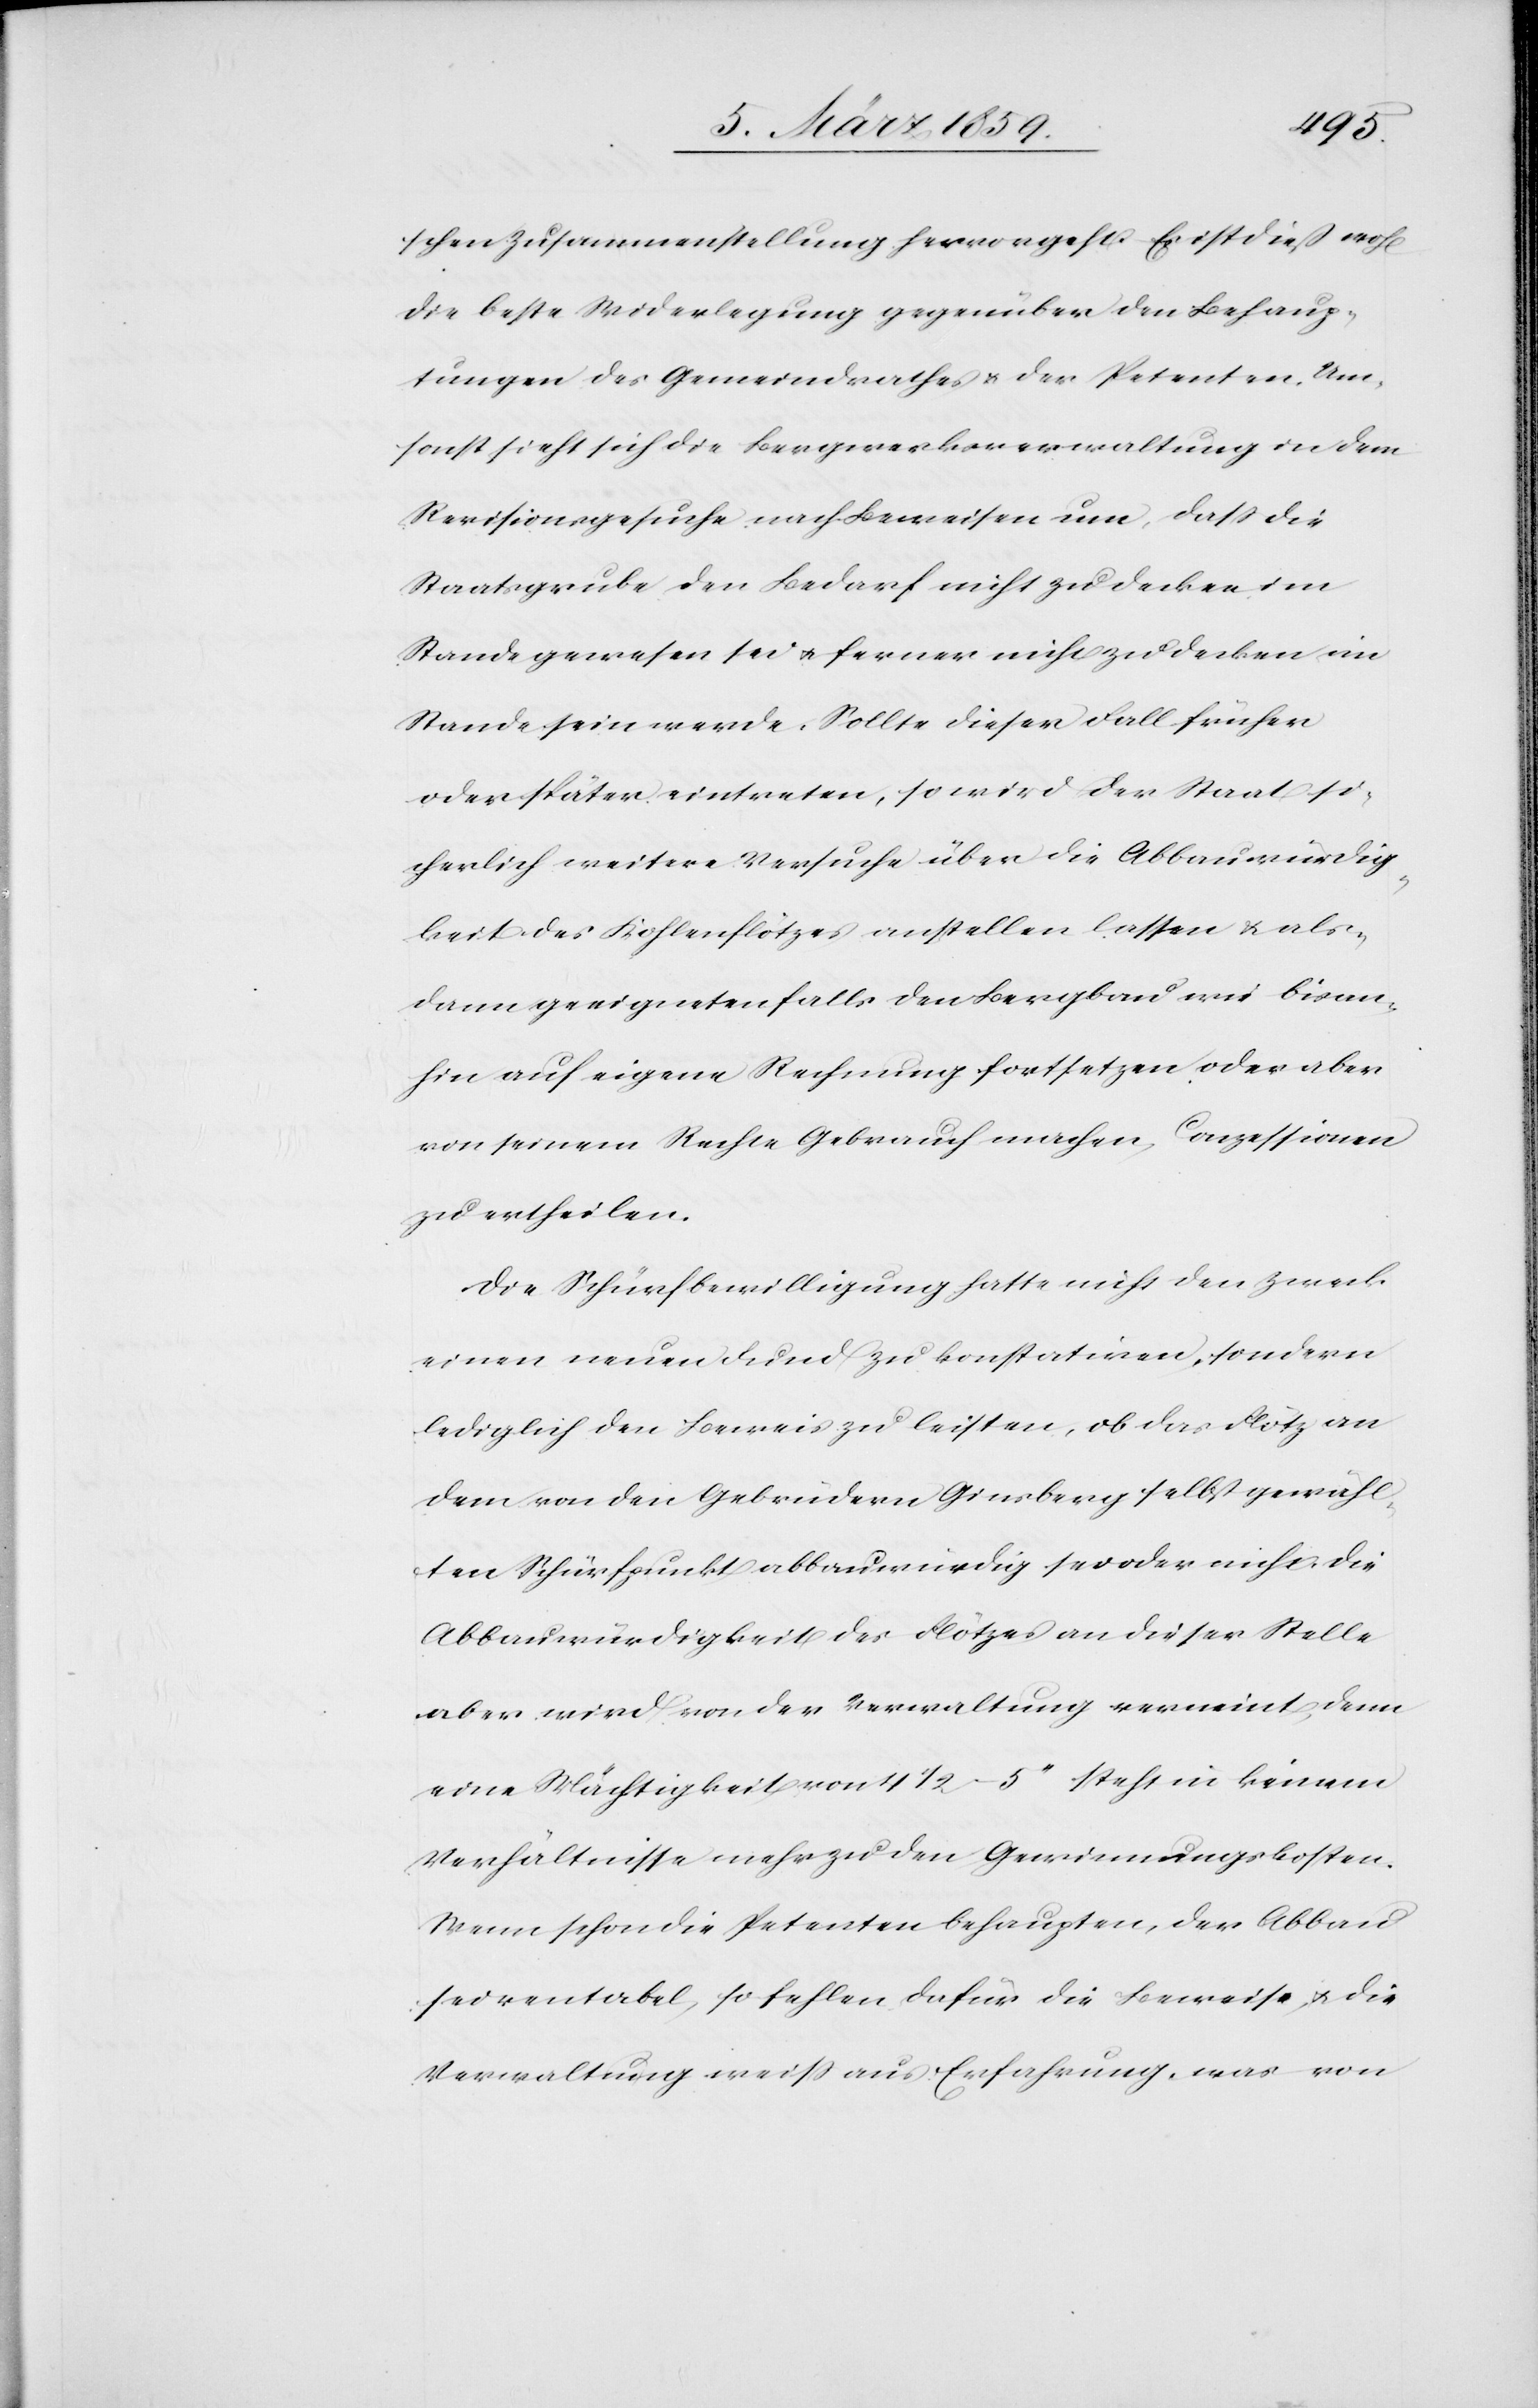
schen Zusammenstellung hervorgeht. Es ist dieß wohl
die beste Widerlegung gegenüber den Behaup¬
tungen des Gemeindrathes u. der Petenten. Um¬
sonst sieht sich die Bergwerksverwaltung in dem
Revisionsgesuch nach Beweisen um, daß die
Staatsgrube den Bedarf nicht zu decken im
Stande gewesen sei u. ferner nicht zu decken im
Stande sein werde. Sollte dieser Fall früher
oder später eintreten, so wird der Staat si¬
cherlich weitere Versuche über die Abbauwürdig¬
keit des Kohlenflötzes anstellen lassen & als¬
dann geeignetenfalls den Bergbau wie bisan¬
hin auf eigene Rechnung fortsetzen oder aber
von seinem Rechte Gebrauch machen, Conzessionen
zu ertheilen.
Die Schürfbewilligung hatte nicht den Zweck
einen neuen Fund zu konstatiren, sondern
lediglich den Beweis zu leisten, ob das Flötz an
dem von den Gebrüdern Ginsberg selbst gewähl¬
ten Schürfpunkt abbauwürdig sei oder nicht, die
Abbauwürdigkeit des Flötzes an dieser Stelle
aber wird von der Verwaltung verneint, denn
eine Mächtigkeit von 4 1/2–5“ steht in keinem
Verhältnisse mehr zu den Gewinnungskosten.
Wenn schon die Petenten behaupten, der Abbau
sei rentabel, so fehlen dafür die Beweise u. die
Verwaltung weiß aus Erfahrung, was von